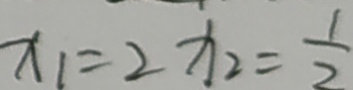
x _ { 1 } = 2 x _ { 2 } = \frac { 1 } { 2 }